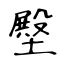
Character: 壂